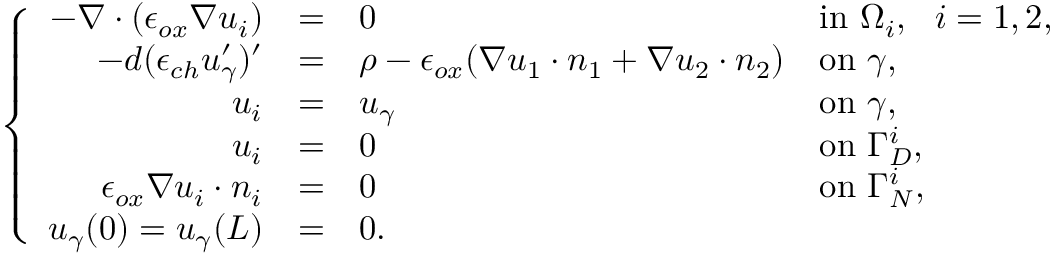
\left\{ \begin{array} { r c l l } { - \nabla \cdot ( \epsilon _ { o x } \nabla u _ { i } ) } & { = } & { 0 } & { \mathrm { i n } ~ \Omega _ { i } , ~ ~ i = 1 , 2 , } \\ { - d ( \epsilon _ { c h } u _ { \gamma } ^ { \prime } ) ^ { \prime } } & { = } & { \rho - \epsilon _ { o x } ( \nabla u _ { 1 } \cdot n _ { 1 } + \nabla u _ { 2 } \cdot n _ { 2 } ) } & { \mathrm { o n } ~ \gamma , } \\ { u _ { i } } & { = } & { u _ { \gamma } } & { \mathrm { o n } ~ \gamma , } \\ { u _ { i } } & { = } & { 0 } & { \mathrm { o n ~ } \Gamma _ { D } ^ { i } , } \\ { \epsilon _ { o x } \nabla u _ { i } \cdot n _ { i } } & { = } & { 0 } & { \mathrm { o n ~ } \Gamma _ { N } ^ { i } , } \\ { u _ { \gamma } ( 0 ) = u _ { \gamma } ( L ) } & { = } & { 0 . } \end{array} \right.